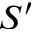
S ^ { \prime }